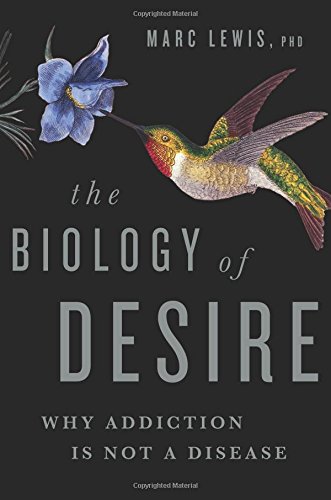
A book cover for The Biology of Desire: Why Addiction Is Not a Disease; Marc Lewis PhD; Science & Math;